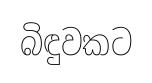
බිඳුවකට